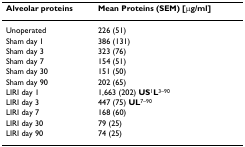
<table><thead><tr><td><b>Alveolar proteins</b></td><td><b>Mean Proteins (SEM) [μg/ml]</b></td></tr></thead><tbody><tr><td>Unoperated</td><td>226 (51)</td></tr><tr><td>Sham day 1</td><td>386 (131)</td></tr><tr><td>Sham day 3</td><td>323 (76)</td></tr><tr><td>Sham day 7</td><td>154 (51)</td></tr><tr><td>Sham day 30</td><td>151 (50)</td></tr><tr><td>Sham day 90</td><td>202 (65)</td></tr><tr><td>LIRI day 1</td><td>1,663 (202) <b>US</b><sup>1</sup><b>L</b><sup>3–90</sup></td></tr><tr><td>LIRI day 3</td><td>447 (75) <b>UL</b><sup>7–90</sup></td></tr><tr><td>LIRI day 7</td><td>168 (60)</td></tr><tr><td>LIRI day 30</td><td>79 (25)</td></tr><tr><td>LIRI day 90</td><td>74 (25)</td></tr></tbody></table>